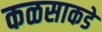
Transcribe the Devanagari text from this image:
कळसाकडे